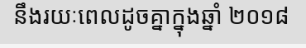
នឹងរយៈពេលដូចគ្នាក្នុងឆ្នាំ ២០១៨